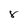
Character: 8